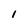
Character: 1